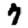
Digit: 7